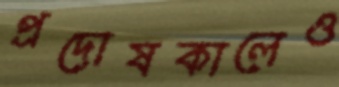
প্রদোষকালেও